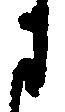
に